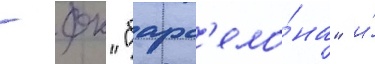
- фк "барс'ело́на" и́